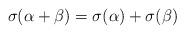
LaTeX: \begin{align*}\sigma(\alpha+\beta)=\sigma(\alpha)+\sigma(\beta)\end{align*}